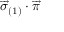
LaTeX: \overrightarrow { \sigma } _ { \left( 1 \right) } \cdot \overrightarrow { \pi }